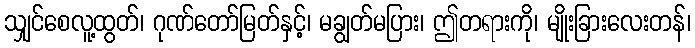
သျှင်စေလူ့ထွတ်၊ ဂုဏ်တော်မြတ်နှင့်၊ မချွတ်မပြား၊ ဤတရားကို၊ မျိုးခြားလေးတန်၊